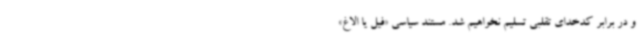
و در برابر کدخدای تقلبی تسلیم نخواهیم شد. مستند سیاسی «فیل یا الاغ»